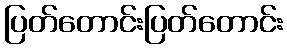
ပြတ်တောင်းပြတ်တောင်း